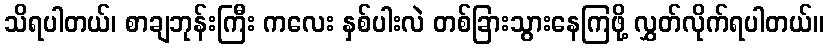
သိရပါတယ်၊ စာချဘုန်းကြီး ကလေး နှစ်ပါးလဲ တစ်ခြားသွားနေကြဖို့ လွှတ်လိုက်ရပါတယ်။